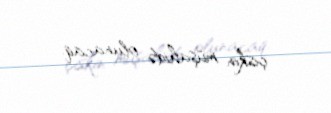
çiskin müşahidə olunacaq.